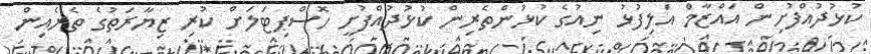
ކުޅުދުއްފުށިން އައްޒާމް އަލިފުޅު ނިއުގެ ކުޅުންތެރިން ކުޅުދުއްފުށީ ހޮސްޕިޓަލަށް ކުރި ޒިޔާރަތުގެ ތެރެއިން